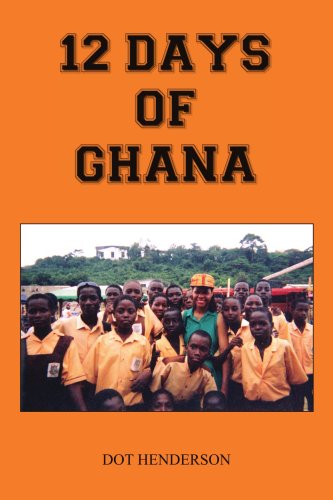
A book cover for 12 DAYS OF GHANA; Dorothy Henderson; Travel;